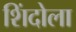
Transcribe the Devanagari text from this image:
शिंदोला